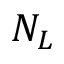
N _ { L }